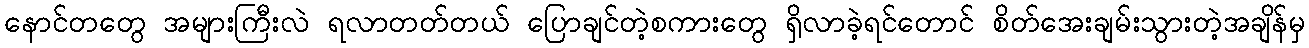
နောင်တတွေ အများကြီးလဲ ရလာတတ်တယ် ပြောချင်တဲ့စကားတွေ ရှိလာခဲ့ရင်တောင် စိတ်အေးချမ်းသွားတဲ့အချိန်မှ